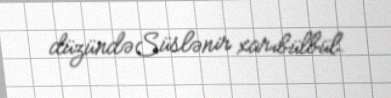
düzündəSüslənir xarıbülbül.